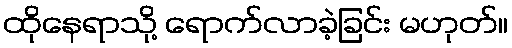
ထိုနေရာသို့ ရောက်လာခဲ့ခြင်း မဟုတ်။